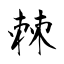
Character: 棘